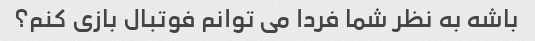
باشه به نظر شما فردا می توانم فوتبال بازی کنم؟